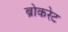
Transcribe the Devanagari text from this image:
ब्रोकरेट